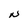
Character: N